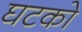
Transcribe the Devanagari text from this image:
घटको